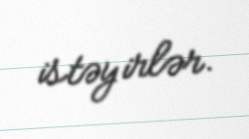
istəyirlər.